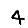
Digit: 4